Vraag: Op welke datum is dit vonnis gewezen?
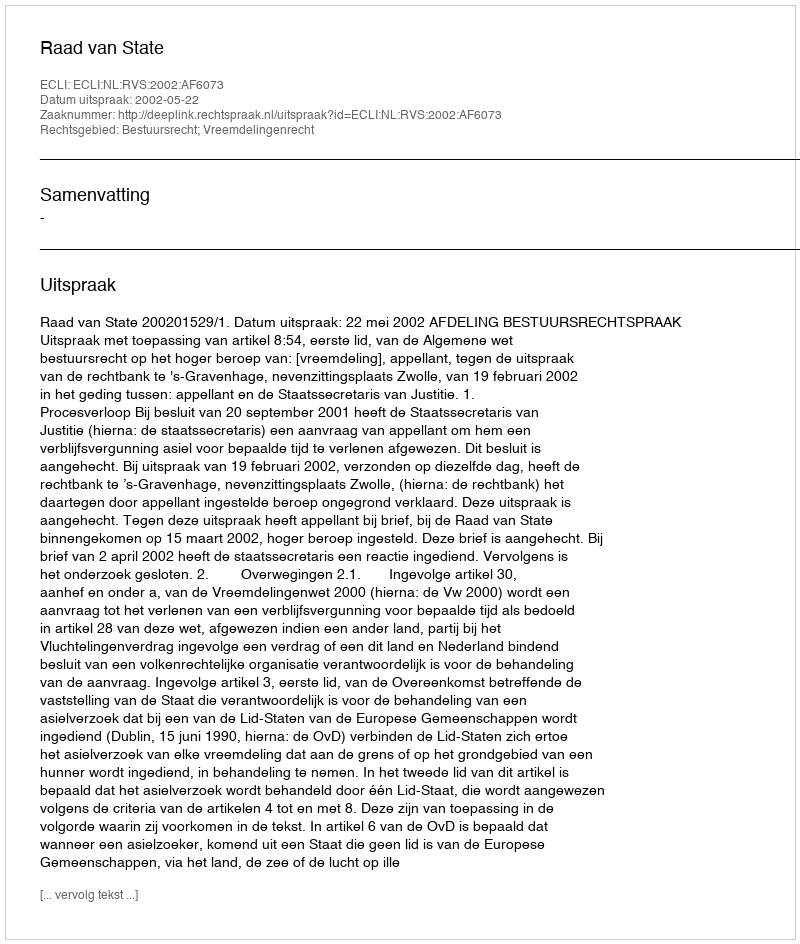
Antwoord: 2002-05-22